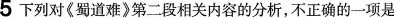
5下列对《蜀道难》第二段相关内容的分析，不正确的一项是